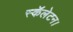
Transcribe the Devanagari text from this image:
स्कॅलेटन।